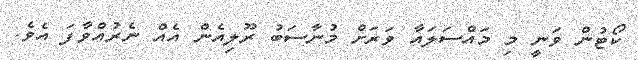
ކޯޓުން ވަނީ މި މައްސަލައާ ވަރަށް މުނާސަބު ރޫލިއެން އެއް ނެރުއްވާފަ އެވެ.